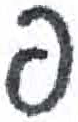
אות: פ